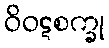
ဝိဝဋစက္ခု